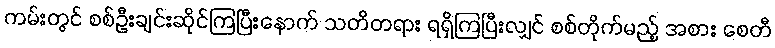
ကမ်းတွင် စစ်ဦးချင်းဆိုင်ကြပြီးနောက် သတိတရား ရရှိကြပြီးလျှင် စစ်တိုက်မည့် အစား စေတီ